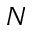
N